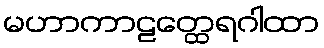
မဟာကာဠတ္ထေရဂါထာ